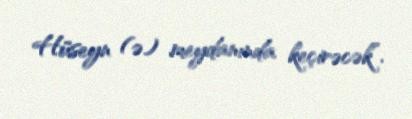
Hüseyn (ə) meydanında keçirəcək”.